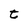
Character: t